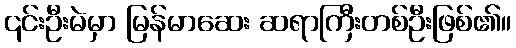
၎င်းဦးမဲမှာ မြန်မာဆေး ဆရာကြီးတစ်ဦးဖြစ်၏။